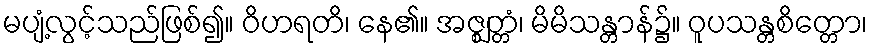
မပျံ့လွင့်သည်ဖြစ်၍။ ဝိဟရတိ၊ နေ၏။ အဇ္ဈတ္တံ၊ မိမိသန္တာန်၌။ ဝူပသန္တစိတ္တော၊